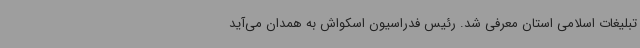
تبلیغات اسلامی استان معرفی شد. رئیس فدراسیون اسکواش به همدان می‌آید